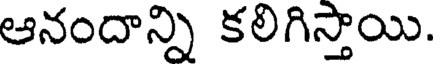
ఆనందాన్ని కలిగిస్తాయి.